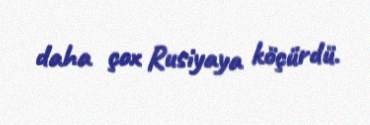
daha çox Rusiyaya köçürdü.